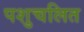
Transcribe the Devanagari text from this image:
पशुचलित